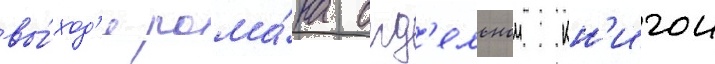
вы́ход'е рома́на отд'ельнои кн'игои